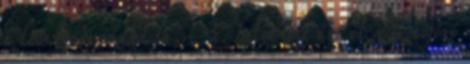
a lecsófőzés szakácsa,- 2. helyezést ért el a lecsófőző